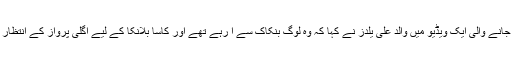
ھفتے کے دن ٹوئٹر پر پوسٹ کی جانے والی ایک ویڈیو میں والد علی یلدز نے کہا کہ وہ لوگ بنکاک سے آ رہے تھے اور کاسا بلانکا کے لیے اگلی پرواز کے انتظار میں کیو ائر پورٹ پر رکے تھے۔